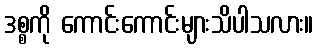
ဒစ္စကို ကောင်းကောင်းများသိပါသလား။